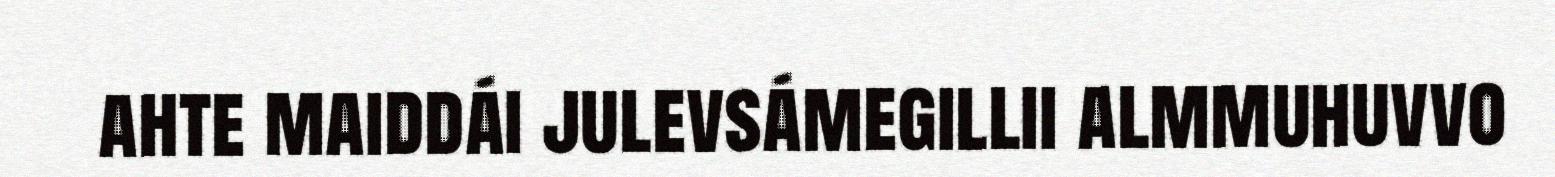
ahte maiddái julevsámegillii almmuhuvvo